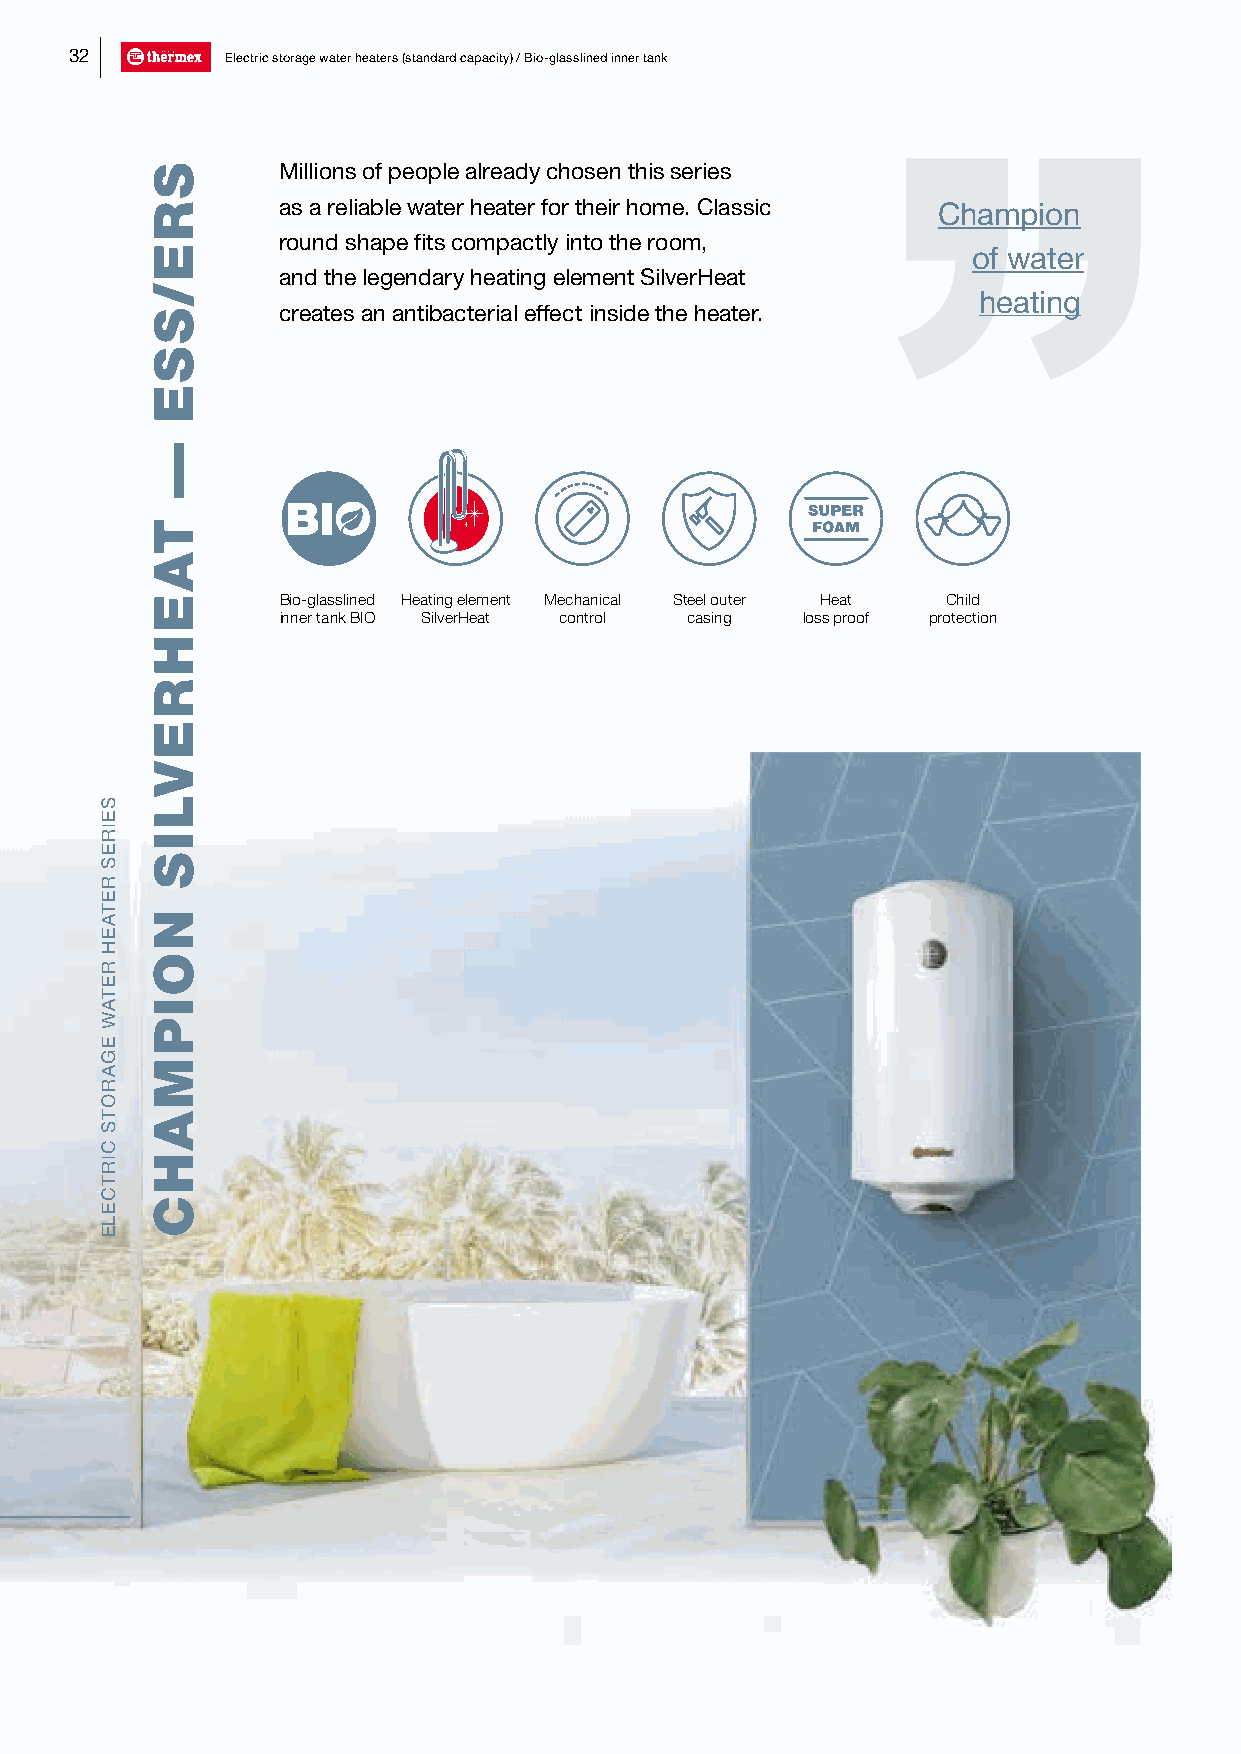
32        Electric storage water heaters (standard capacity) / Bio-glasslined inner tank
 Millions of people already chosen this series
 as a reliable water heater for their home. Classic Champion
 round shape fits compactly into the room,
 of water
 and the legendary heating element SilverHeat
 heating
 creates an antibacterial effect inside the heater.
 Bio-glasslined Heating element Mechanical Steel outer Heat Child
 inner tank BIO SilverHeat control casing loss proof protection
 SEIRES
 RETAEH
 RETAW
 EGAROTS
 CIRTCELE
 SRE/SSE
 —
 TAEHREVLIS
 NOIPMAHC